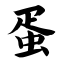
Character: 蛋